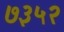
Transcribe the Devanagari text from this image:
७३५२